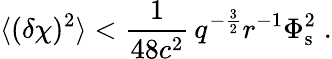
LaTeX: \langle(\delta\chi)^{2}\rangle<\frac{1}{48c^{2}}\, q^{-\frac{3}{2}}r^{-1}\Phi_{\mathrm{s}}^{2}\; .